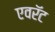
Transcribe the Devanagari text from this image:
एवरॅट